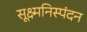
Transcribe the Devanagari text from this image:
सूक्ष्मनिस्पंदन